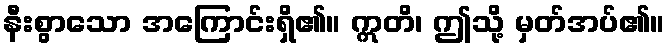
နီးစွာသော အကြောင်းရှိ၏။ ဣတိ၊ ဤသို့ မှတ်အပ်၏။